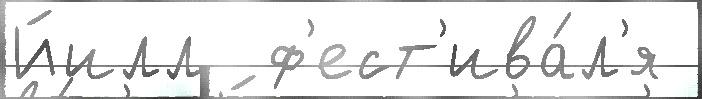
Йилл  ф'ест'ива́л'я